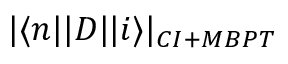
| \langle n | | D | | i \rangle | _ { C I + M B P T }